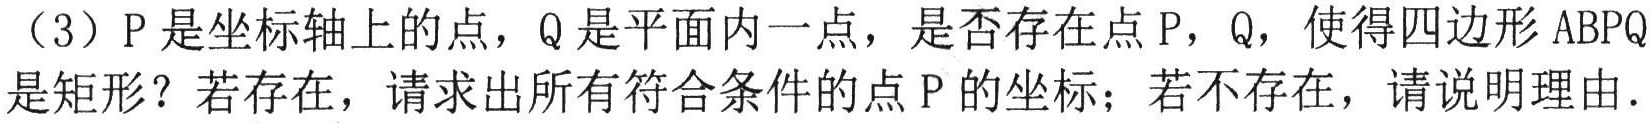
（3）\(P\)是坐标轴上的点，\(Q\)是平面内一点，是否存在点\(P\)，\(Q\)，使得四边形\(ABPQ\)是矩形？若存在，请求出所有符合条件的点\(P\)的坐标；若不存在，请说明理由.